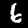
Digit: 6